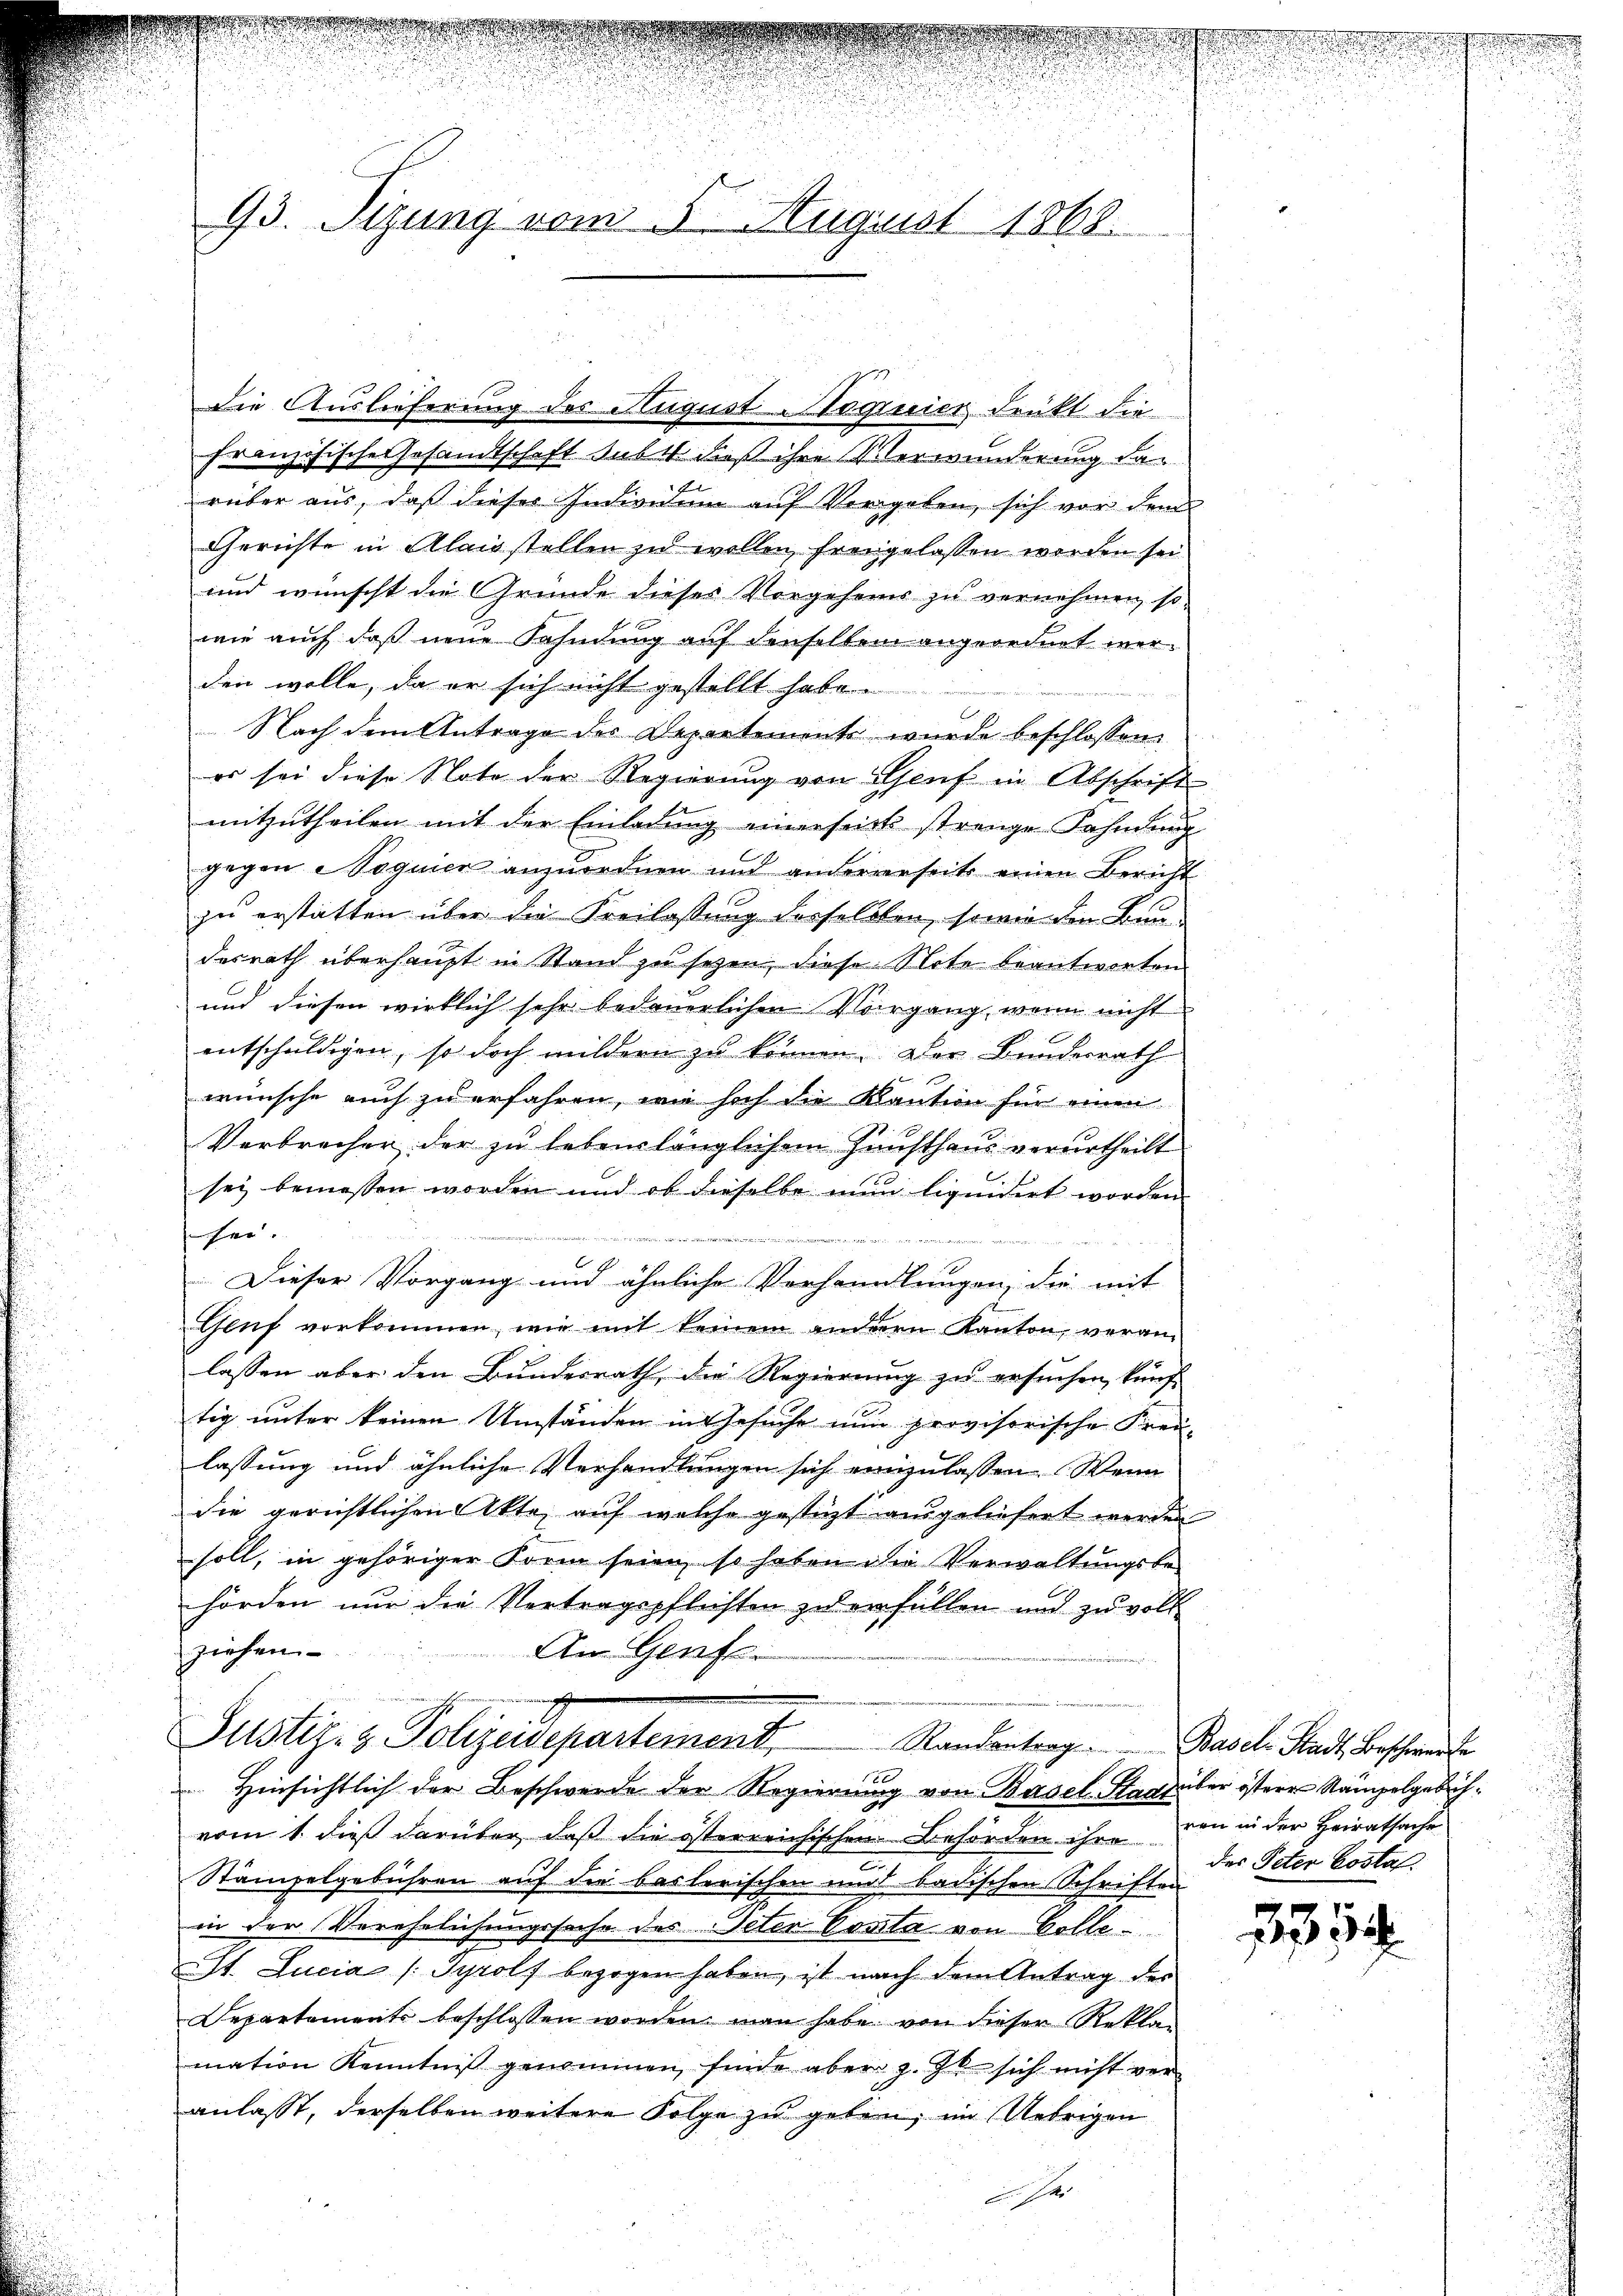
französische Gesandtschaft subst, daß ihre Verwunderung der
rüber aus, daß dieser Individum auf Vorgeben, sich vor dem
Gerichte in Alais stellen zu wollen freigelassen worden sei
und wünscht die Grunde dieses Vorgehens zu vernehmen, so
wie auch daß neue Fahndung auf denselben angeordnet werden wolle, da er sich nicht gestellt habe.
Nach dem Antrage des Departements wurde beschlossen:
er sei diese Note der Regierung von Genf in Abschrift
mitzutheilen mit der Einladung einerseck strenge Fahndung
gegen Voguier anzuordnen und andererseits einen Bericht
zu erstatten über die Freilassung derselben, sowie die Baudesrath überhaupt in Stand zu sezen, diese Note beantworten
und diesen wirklich sehr bedauerlichen Vorgang, wenn nicht
entschuldigen, so doch mildern zu können. Der Bundesrath
wünsche auch zu erfahren, wie hoch die Kaution für einen
Verbrecher der zu lebenslänglichem Hausthaus verurtheilt
sey bemessen worden und ob dieselbe nun liquidirt worden.
her
 meinde einen
g
Dieser Vorgang und ähnliche Verhandlungen, die mit
Gluf vorkommen, wie mit keinem anderen Kanton, veranlassen aber den Bundesrath, die Regierung zu ersuchen, künf-
tig unter keinen Umständen in Gesuche nun provisorische Freulassung und ähnliche Verhandlungen sich einzulassen. Wenn
die gerichtlichen Akte, auf welche gestüzt ausgeliefert werden
soll, in gehöriger Form seien, so haben die Verwaltungsbe-
hörden nur die Vertragspflichten zu erfüllen und zu voll
ziehen
An Genf.
Justiz- & Polizeidepartement. Standenten Basel Stadt Bescha
 Hinsichtlich der Beschwerde der Regierung von Basel-Stadt über östere Rampelgebühvom 1. dieß darüber, daß die österreichischen Behörden ihre von in der Heiratsache
Stämpelgebühren auf die baslerischen und badischen Schriften
in der Verehelichungssache des Peter Comita von Colle
St. Lucia [Tyrolf bezogen haben, ist nach dem Antrag des
Departements beschlossen worden man habe von dieser Rekla-
mation Kenntniß genommen finde aber z. Z. sich nicht ver-
anlasst, derselben weitere Folge zu geben, im Uebrigen

93. Sizung vom 5. August 1868.

Die Auslieferung des August Stiquier drückt die

2

des Peter Costa.

219